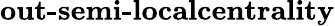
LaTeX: \textbf{out-semi-localcentrality}